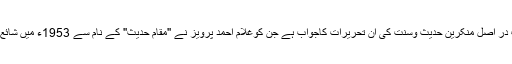
یہ کتاب در اصل منکرینِ حدیث وسنت کی ان تحریرات کاجواب ہے جن کوغلام احمد پرویز نے ''مقام حدیث'' کے نام سے 1953ء میں شائع کیا تھا۔